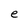
Character: e